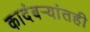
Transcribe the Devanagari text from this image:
कादंबर्‍यांतही